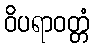
ဝိပရာဝတ္တံ